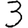
Digit: 3